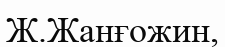
Ж.Жанғожин,